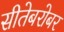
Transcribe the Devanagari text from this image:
सीतेबरोबर